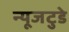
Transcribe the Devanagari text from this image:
न्यूजटुडे